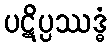
ပဋိပ္ပဿဒ္ဓံ